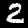
Digit: 2